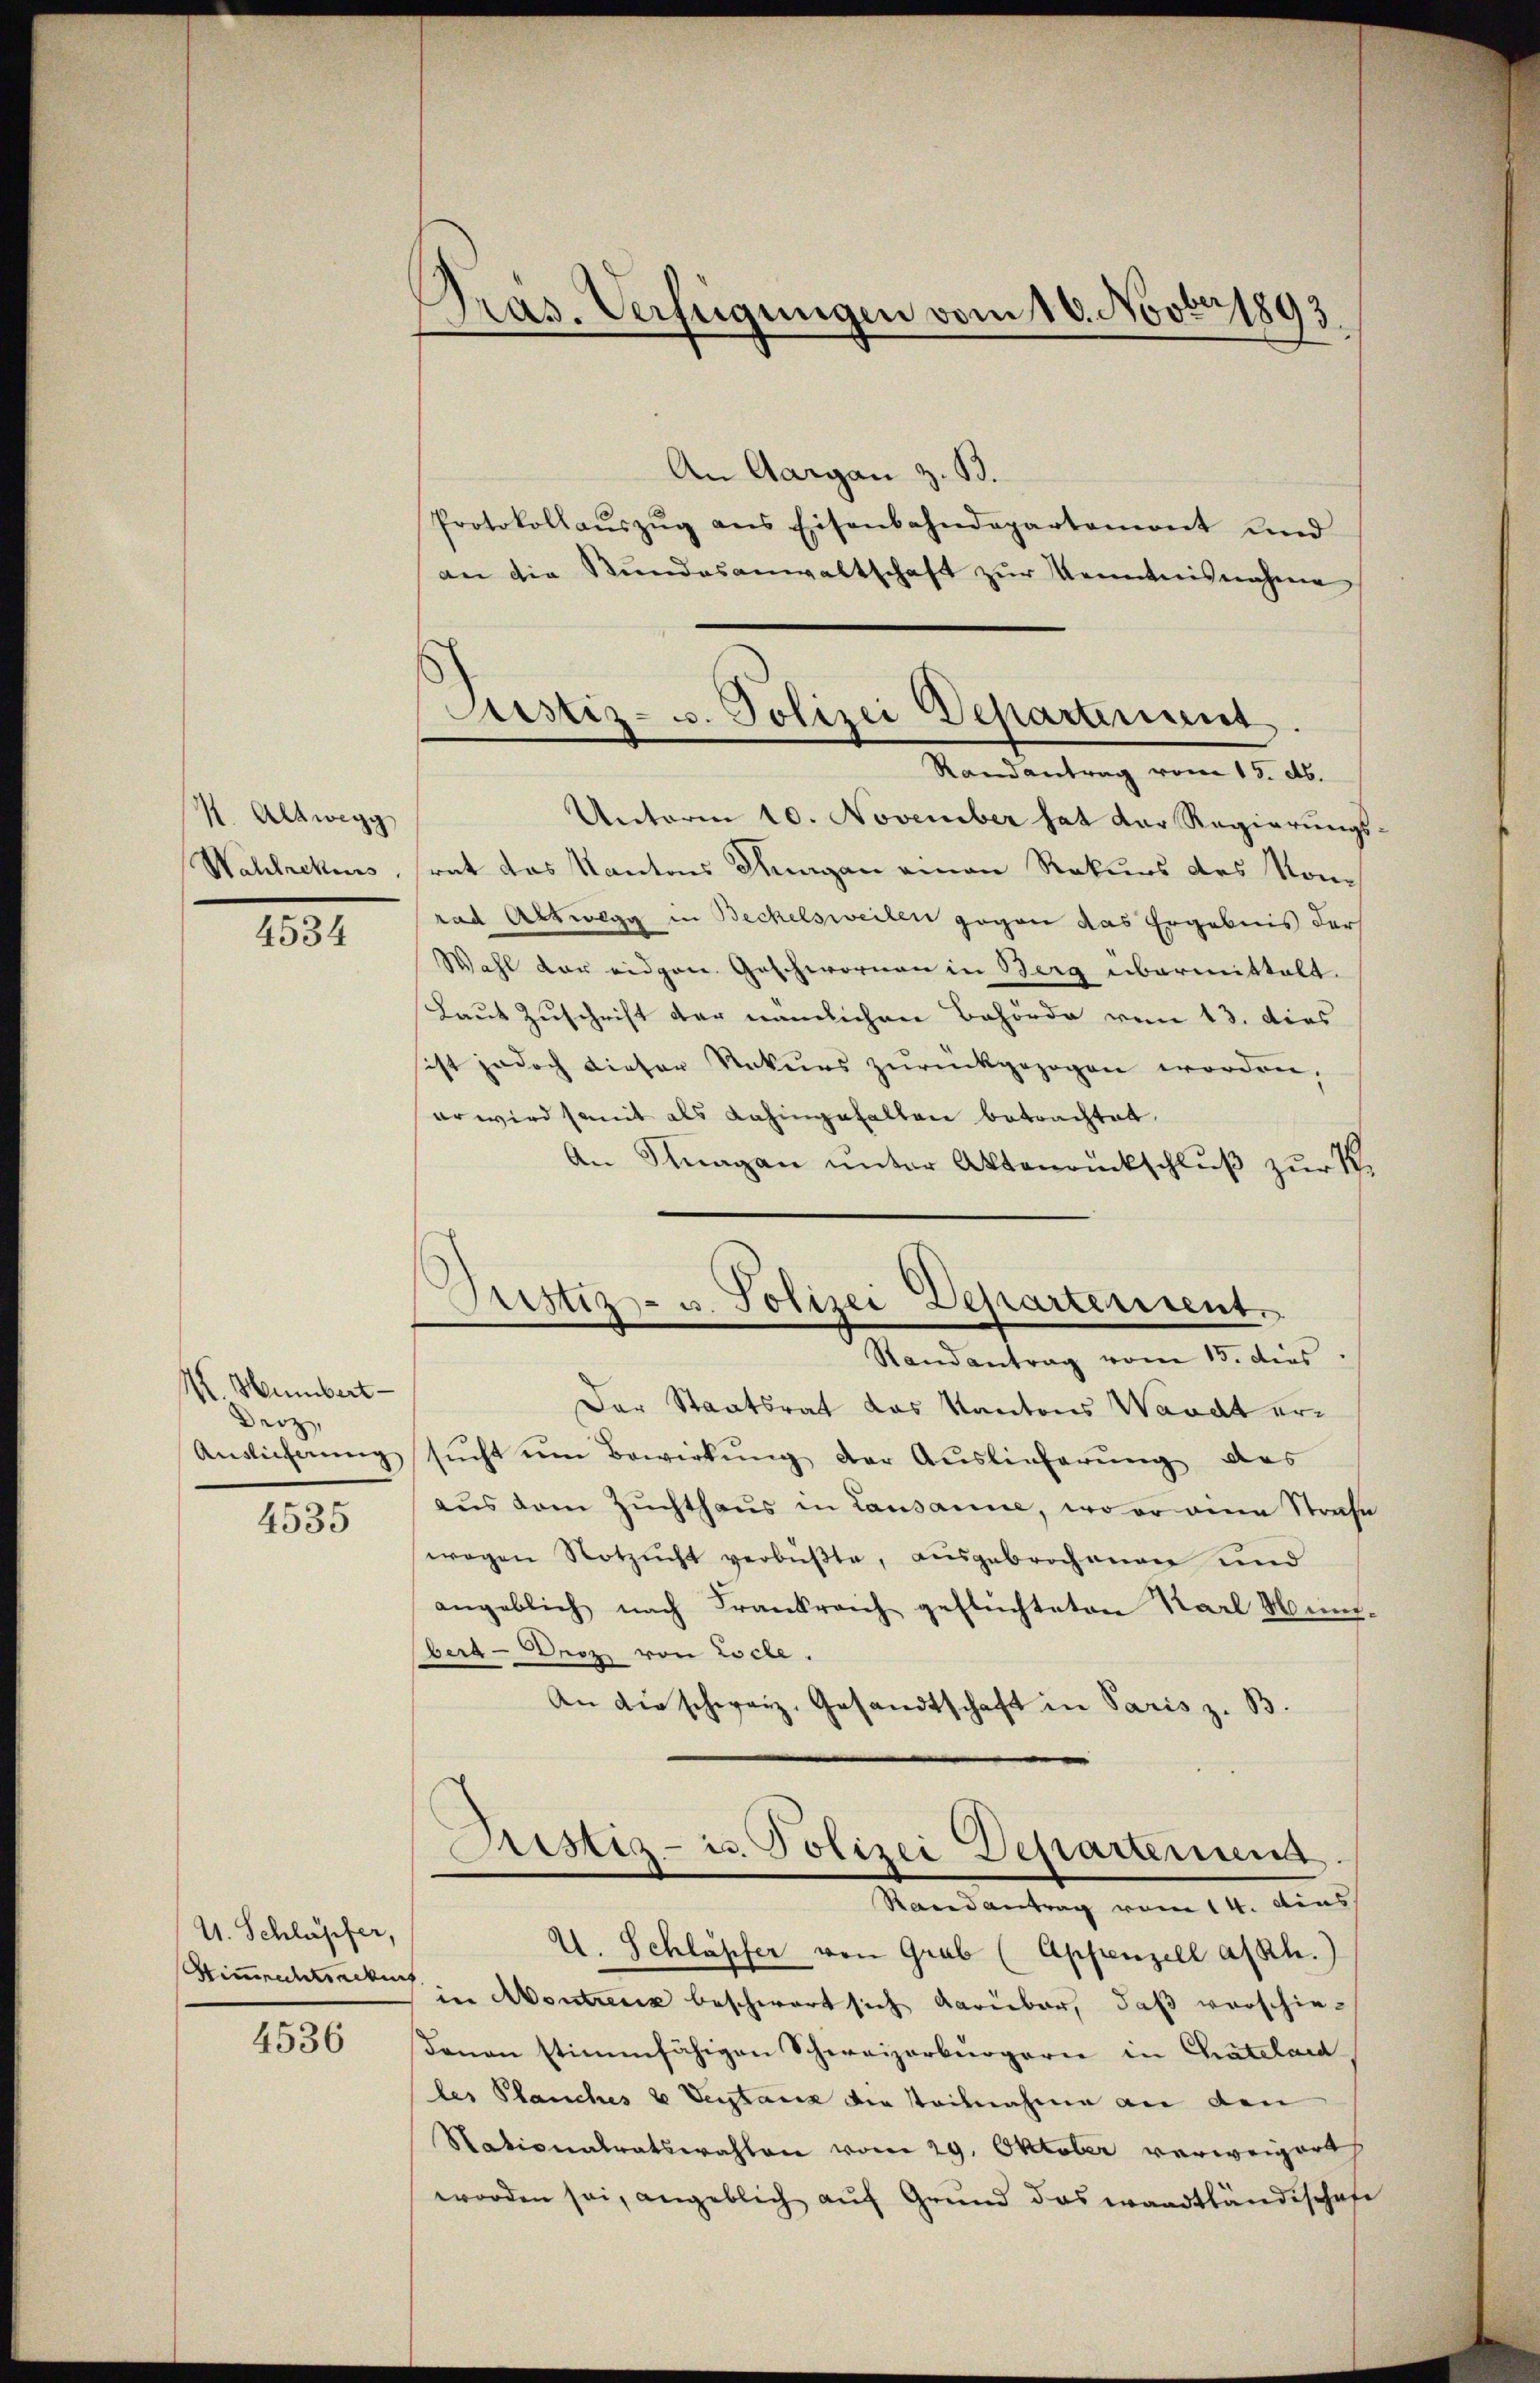
M. Altwegg
Wahlrekurs

4534

M. Humbert
Deiz,
Auslicherung
4535

V. Schlüpfer,
4536

Pras. Verfügungen vom 10. Novbr 1893

Justiz- u. Polizei Departement.
Randantrag vom 15. d.

An Aargau z. B.
Protokollaŭszŭg ans Eisenbahndepartemont und
an die Stŭndesanwaltschaft zŭr Kenntnisnahme
Unterm 10. November hat der Regierungs-
rat das Kantons Kurgan einen Rekurs des Konrad Altwegg in Beckelsweilen gegen das Ergebnis der
Wahl der eidgen. Geschwornen in Berg übermittelt.
Laut Zuschrift der nämlichen Behörde vom 13. dies
sist jedoch dieser Rekurs zŭrückgezogen worden,
er wird somit als dahingehalten betrachtet.
An Knagan unter Aktenrückschluß zur K.

Justiz- u. Polizei Departement.
Randantrag vom 15. dies

Der Staatsrat das Kantons Waadt ersucht um Bewirkung der Auslieferung des
aŭs dem Zuchthaŭs in Lausanne, wo er eine Strafe
wegen Notzucht verbüßte, ausgebrochenen und
angeblich nach Frankreich geflüchteten Karl Münzberg - Droz von Loche.
An die schweiz. Gesandtschaft in Paris z. B.

Astiz- u. Polizei Departerung.
Raandantrag vom 14. Aus

U. Schläpfer von Grab (Appenzell a/Rh.)
Stimmenstrecke in Montreux beschwert sich darüber, daß verschie¬
Danon stimmfähigen Schweizerbürgern in Chatelaid
les Planches v Veitanz die Teilnahme an den
Nationalratswahlen vom 29. Oktober verweigert
worden sei, angeblich auf Grund das waadtländischafe